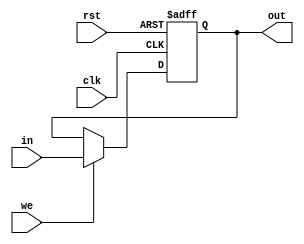
module Pc(clk, rst, we, in, out);
    input clk, rst, we;
    input [31:0] in;
    output reg [31:0] out;
    always @(posedge clk, posedge rst)begin
        if (rst)
            out <= 32'b0;
        else begin
            if (we)
                out <= in;
        end
    end

endmodule